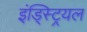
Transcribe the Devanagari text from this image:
इंड्स्ट्रियल